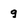
Character: 9